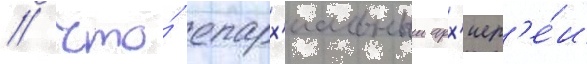
/ что́ епарх'иальныи арх'иер'е́и